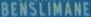
BENSILIMANE